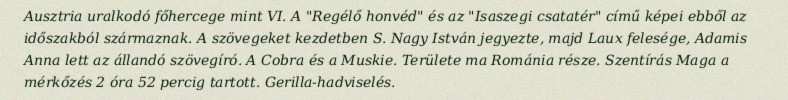
Ausztria uralkodó főhercege mint VI. A "Regélő honvéd" és az "Isaszegi csatatér" című képei ebből az időszakból származnak. A szövegeket kezdetben S. Nagy István jegyezte, majd Laux felesége, Adamis Anna lett az állandó szövegíró. A Cobra és a Muskie. Területe ma Románia része. Szentírás Maga a mérkőzés 2 óra 52 percig tartott. Gerilla-hadviselés.